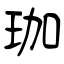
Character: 珈